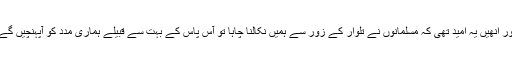
اور انھیں یہ امید تھی کہ مسلمانوں نے تلوار کے زور سے ہمیں نکالنا چاہا تو آس پاس کے بہت سے قبیلے ہماری مدد کو آپہنچیں گے۔